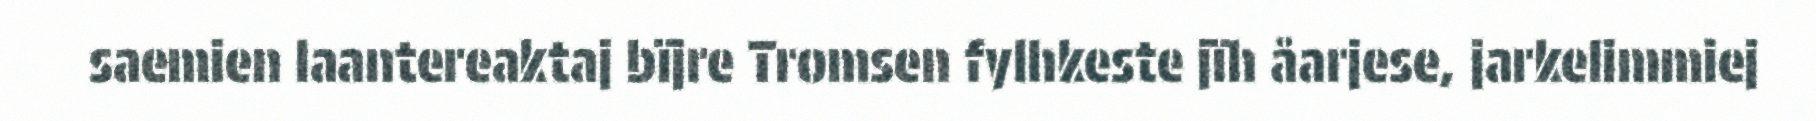
saemien laantereaktaj bïjre Tromsen fylhkeste jïh åarjese, jarkelimmiej